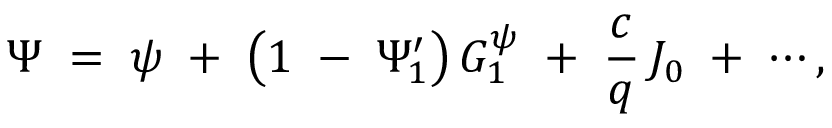
\Psi \; = \; \psi \; + \; \left( 1 \; - \; \Psi _ { 1 } ^ { \prime } \right) G _ { 1 } ^ { \psi } \; + \; \frac { c } { q } \, J _ { 0 } \; + \; \cdots ,